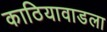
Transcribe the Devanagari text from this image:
काठियावाडला